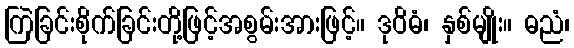
ကြဲခြင်းစိုက်ခြင်းတို့ဖြင့်အစွမ်းအားဖြင့်။ ဒုဝိဓံ၊ နှစ်မျိုး။ ဓညံ၊